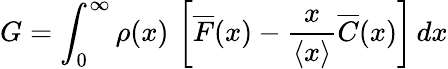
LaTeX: G=\int_{0}^{\infty}\! \, \rho(x)\, \left[\overline{{F}}(x)-\frac{x}{\left\langle{x}\right\rangle}\overline{{C}}(x)\right]\, dx